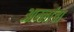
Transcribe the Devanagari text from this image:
आम्लांचा